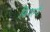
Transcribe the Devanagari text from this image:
फ़िगानी